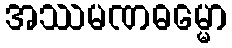
အဿမဏဓမ္မော